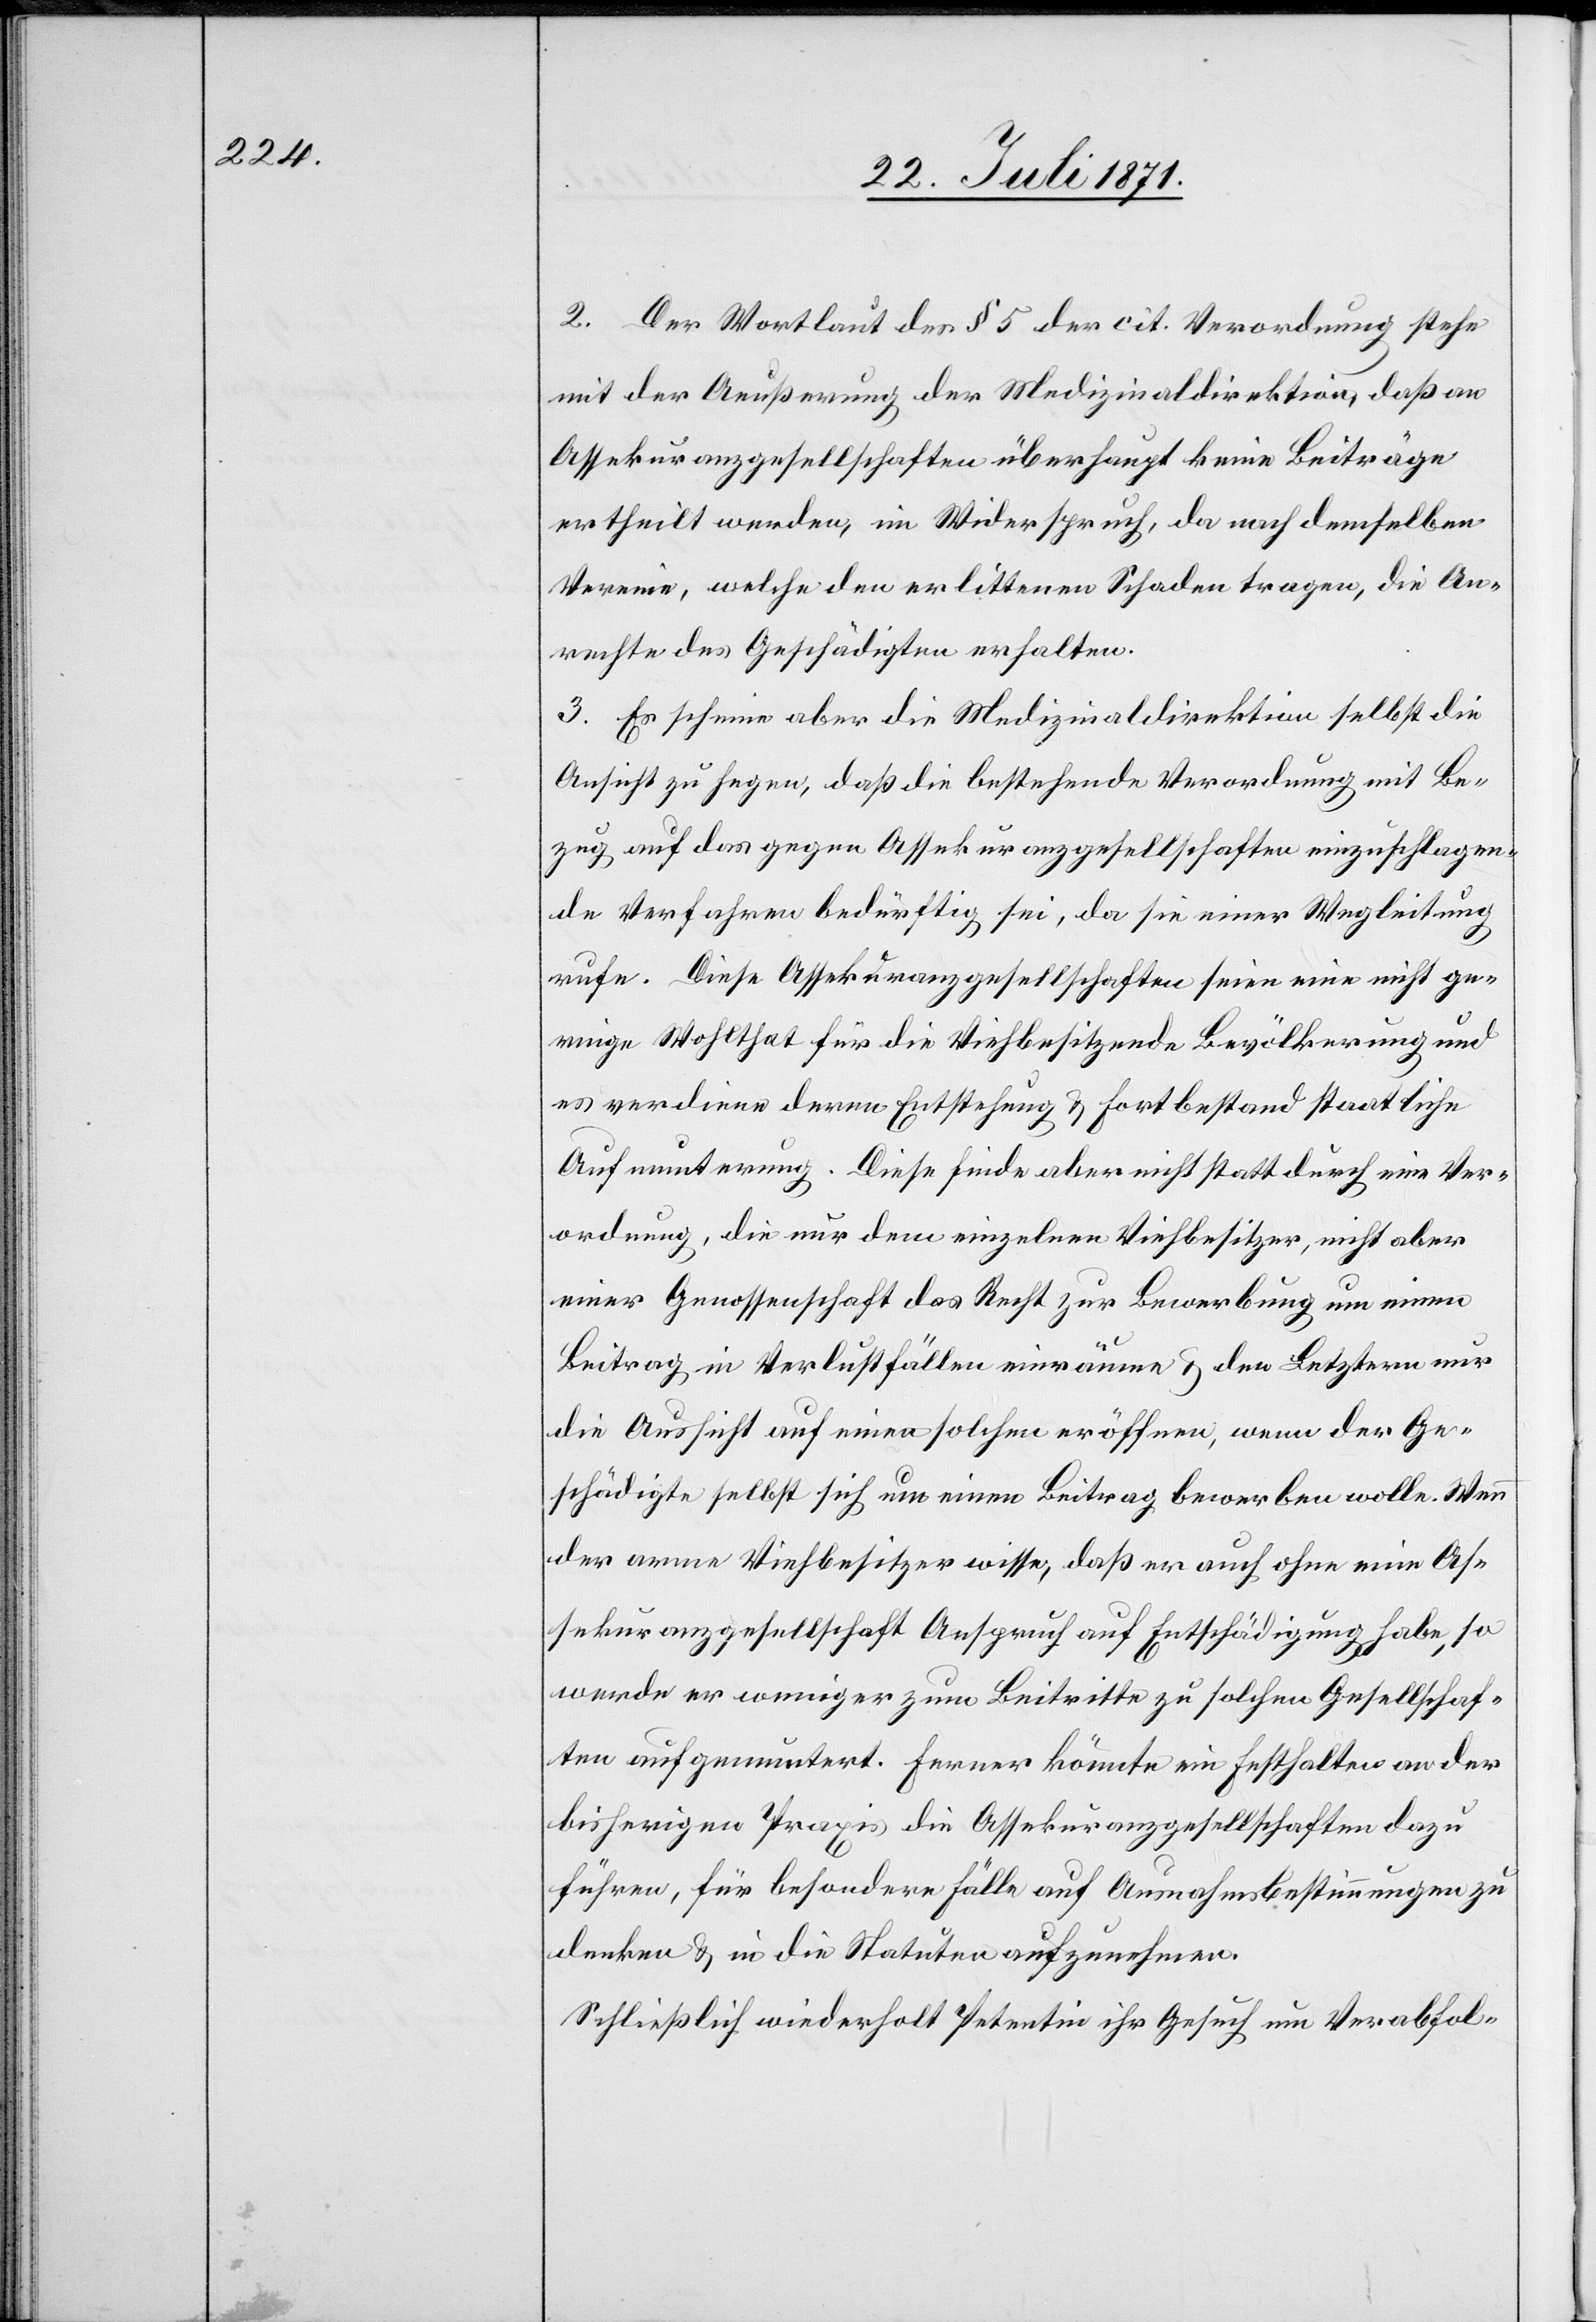
2.Der Wortlaut des § 5 der cit. Verordnung stehe
mit der Aeußerung der Medizinaldirektion, daß an
Assekuranzgesellschaften überhaupt keine Beiträge
ertheilt werden, im Widerspruch, da nach demselben
Vereine, welche den erlittenen Schaden tragen, die An¬
rechte des Geschädigten erhalten.
3. Es scheine aber die Medizinaldirektion selbst die
Ansicht zu hegen, daß die bestehende Verordnung mit Be¬
zug auf das gegen Assekuranzgesellschaften einzuschlagen¬
de Verfahren bedürftig sei, da sie einer Wegleitung
rufe. Diese Assekuranzgesellschaften seien eine nicht ge¬
ringe Wohlthat für die Viehbesitzende Bevölkerung und
es verdiene deren Entstehung u. Fortbestand staatliche
Aufmunterung. Diese finde aber nicht statt durch eine Ver¬
ordnung, die nur dem einzelnen Viehbesitzer, nicht aber
einer Genossenschaft das Recht zur Bewerbung um einen
Beitrag in Verlustfällen einräume u. den Letztern nur
die Aussicht auf einen solchen eröffnen, wenn der Ge¬
schädigte selbst sich um einen Beitrag bewerben wolle. Wenn
der arme Viehbesitzer wisse, daß er auch ohne eine As¬
sekuranzgesellschaft Anspruch auf Entschädigung habe, so
werde er weniger zum Beitritte zu solchen Gesellschaf¬
ten aufgemuntert. Ferner könnte ein Festhalten an der
bisherigen Praxis die Assekuranzgesellschaften dazu
führen, für besondere Fälle auf [sic!] Ausnahmsbestimmungen zu
denken u. in die Statuten aufzunehmen.
Schließlich wiederholt Petentin ihr Gesuch um Verabfol-